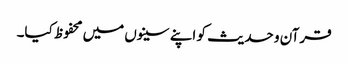
قرآن و حدیث کو اپنے سینوں میں محفوظ کیا۔